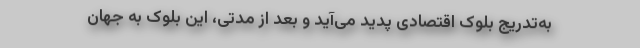
به‌تدریج بلوک اقتصادی پدید می‌آید و بعد از مدتی، این بلوک به جهان